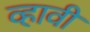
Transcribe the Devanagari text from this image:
व्‍हावी